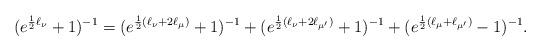
LaTeX: \begin{align*}(e^{\frac{1}{2}\ell_\nu}+1)^{-1}=(e^{\frac{1}{2}(\ell_\nu+2\ell_\mu)}+1)^{-1}+(e^{\frac{1}{2}(\ell_\nu+2\ell_{\mu'})}+1)^{-1}+(e^{\frac{1}{2}(\ell_\mu+\ell_{\mu'})}-1)^{-1}.\end{align*}